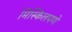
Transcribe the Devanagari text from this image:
मिस्किलपणे